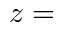
z =